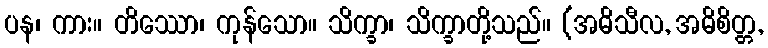
ပန၊ ကား။ တိဿော၊ ကုန်သော။ သိက္ခာ၊ သိက္ခာတို့သည်။ (အဓိသီလ, အဓိစိတ္တ,